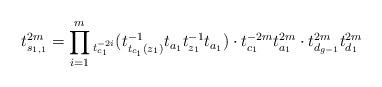
LaTeX: \begin{align*}t_{s_{1,1}}^{2m} = \prod_{i=1}^{m} {}_{t_{c_1}^{-2i}} (t_{t_{c_1}(z_1)}^{-1} t_{a_1} t_{z_1}^{-1} t_{a_1}) \cdot t_{c_1}^{-2m} t_{a_1}^{2m} \cdot t_{d_{g-1}}^{2m} t_{d_1}^{2m}\end{align*}